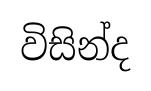
විසින්ද